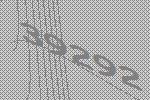
39292